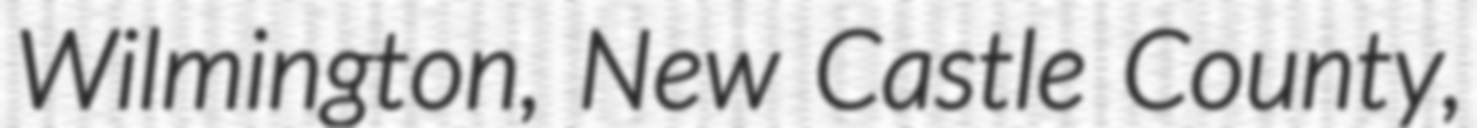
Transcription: Wilmington, New Castle County,